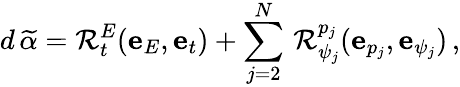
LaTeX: d\, \widetilde{\alpha}=\mathcal{R}_{t}^{E}(\mathbf{e}_{E},\mathbf{e}_{t})+\sum_{j=2}^{N}\, \mathcal{R}_{\psi_{j}}^{p_{j}}(\mathbf{e}_{p_{j}},\mathbf{e}_{\psi_{j}})\, ,